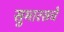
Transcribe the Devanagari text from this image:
सुमारसचे